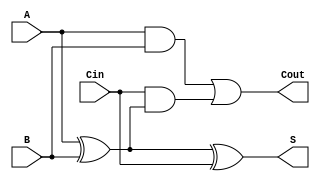
module FullAdder (
    input wire A,      // First significant bit
    input wire B,      // Second significant bit
    input wire Cin,    // Carry-in bit
    output wire S,     // Sum bit
    output wire Cout   // Carry-out bit
);

// Behavioral description of the full adder
assign S = A ^ B ^ Cin; // Sum
assign Cout = (A & B) | (Cin & (A ^ B)); // Carry-out

endmodule